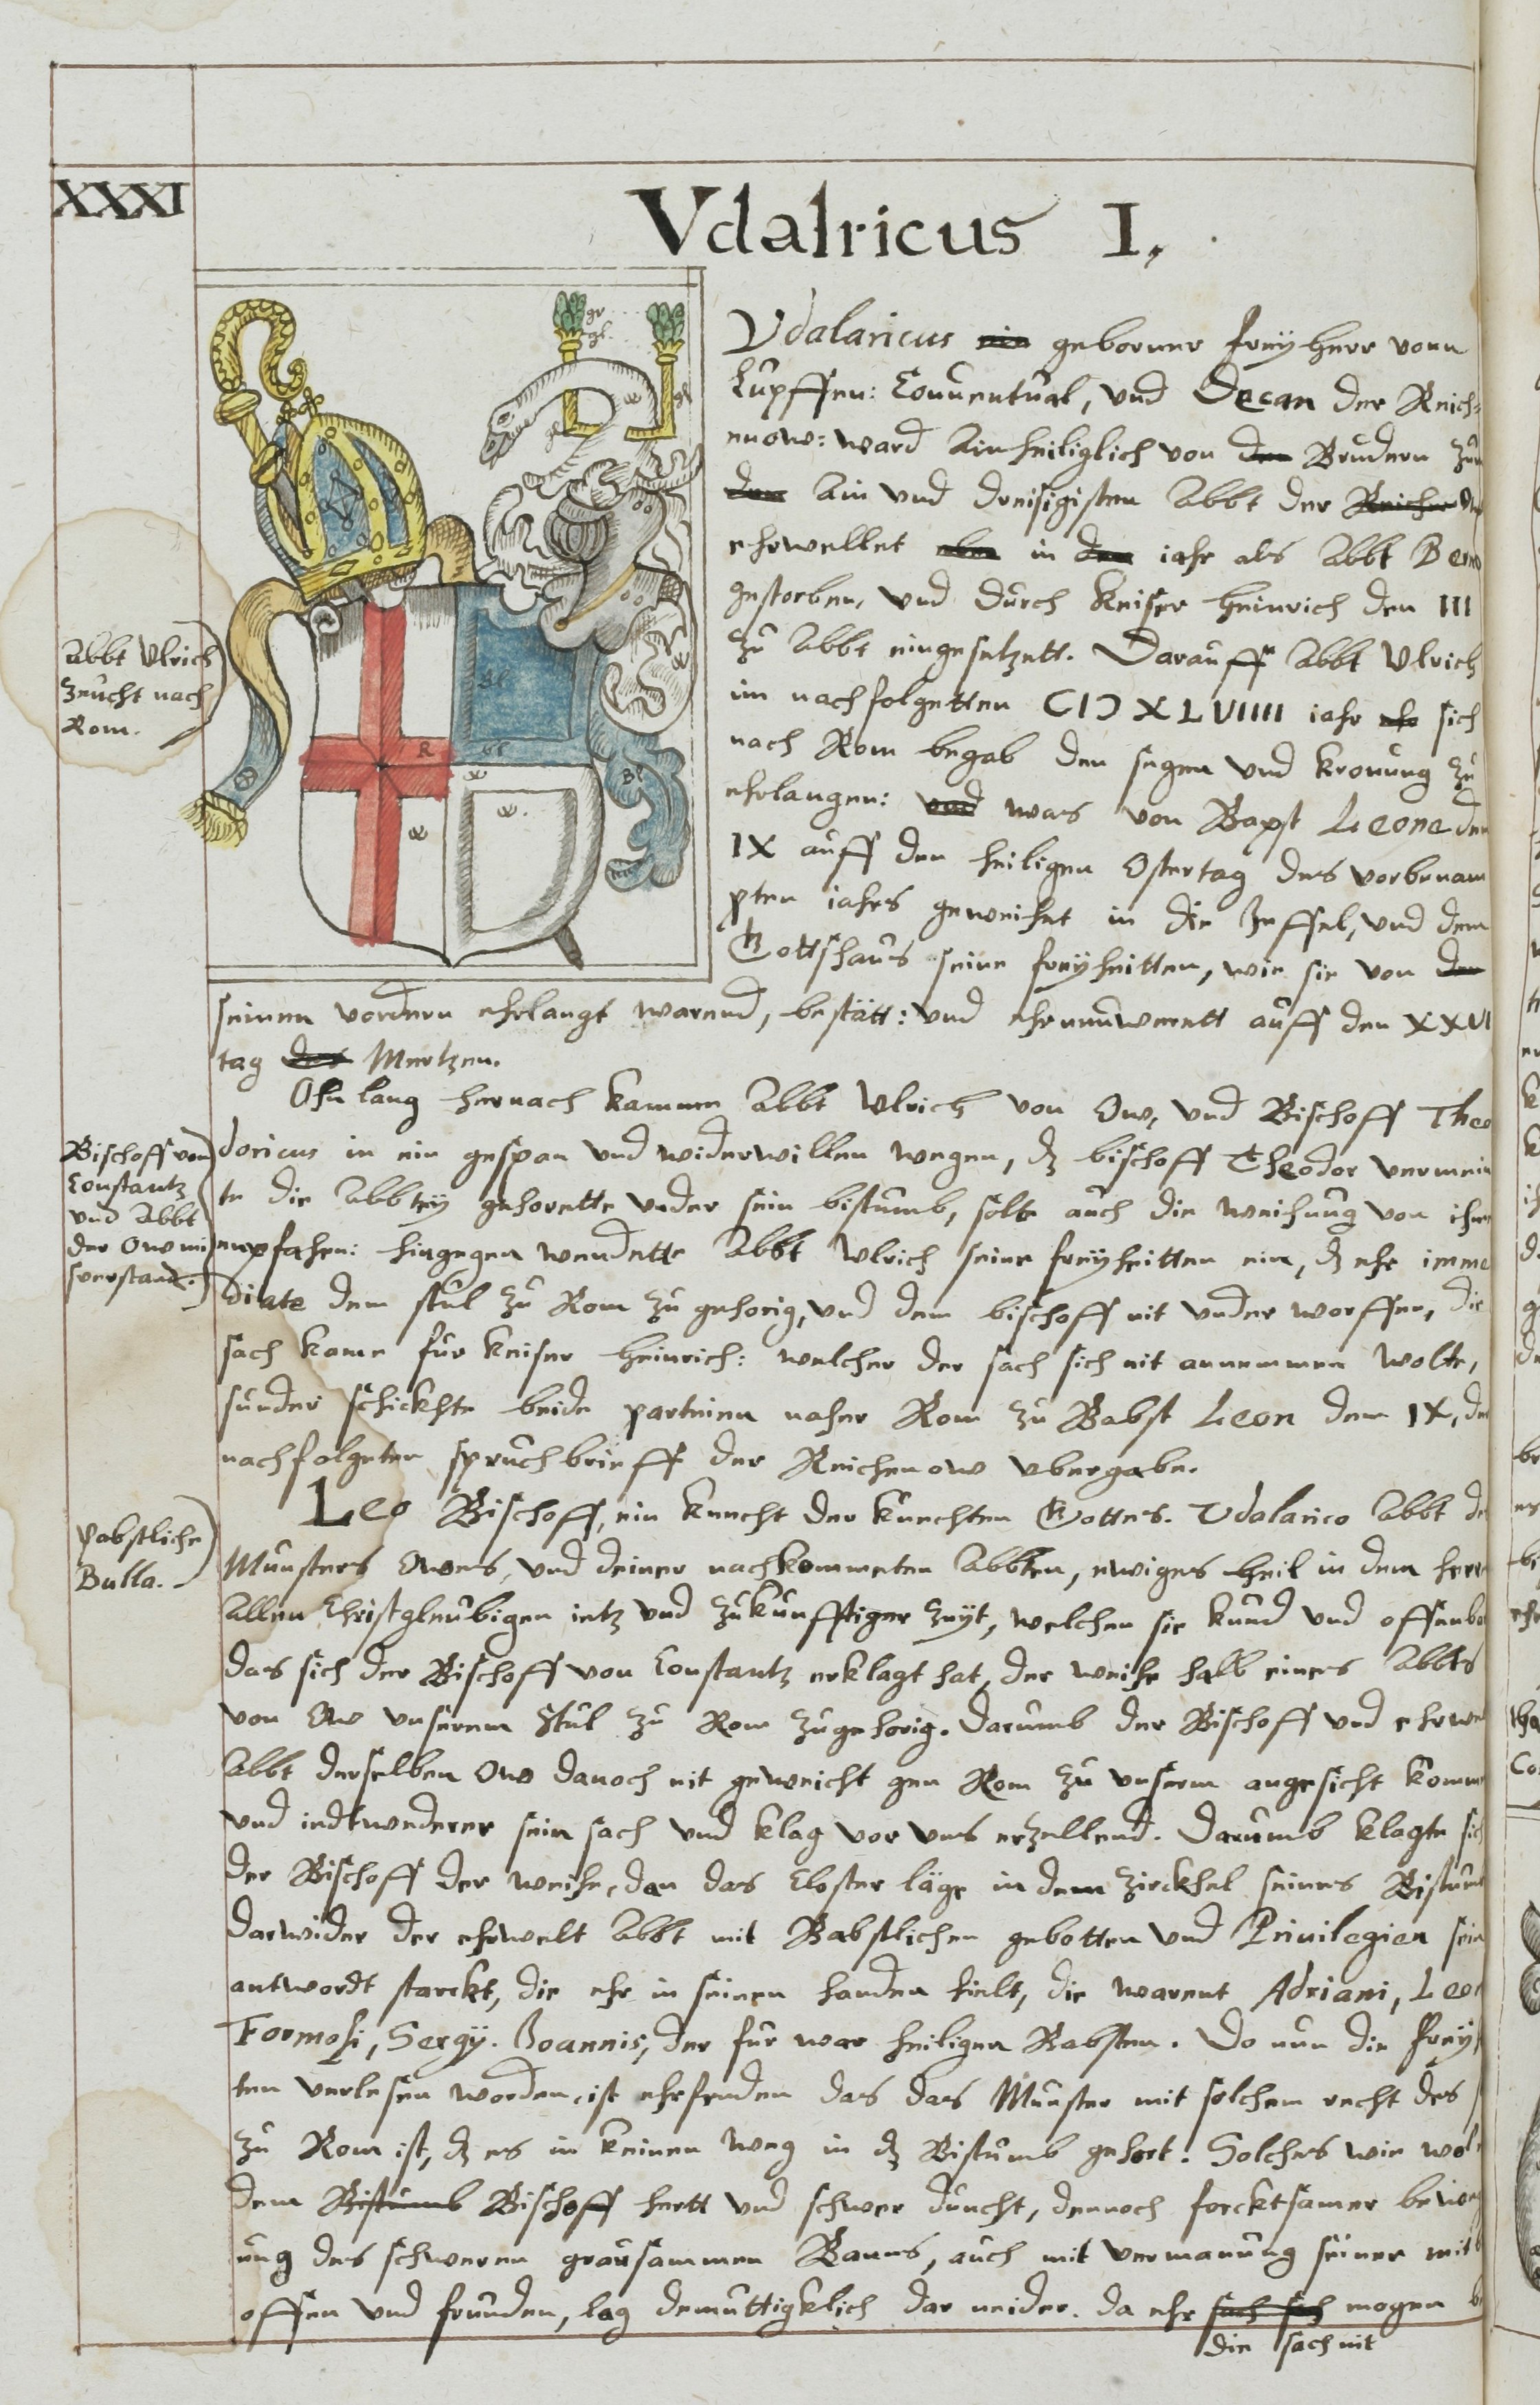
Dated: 1613–1642